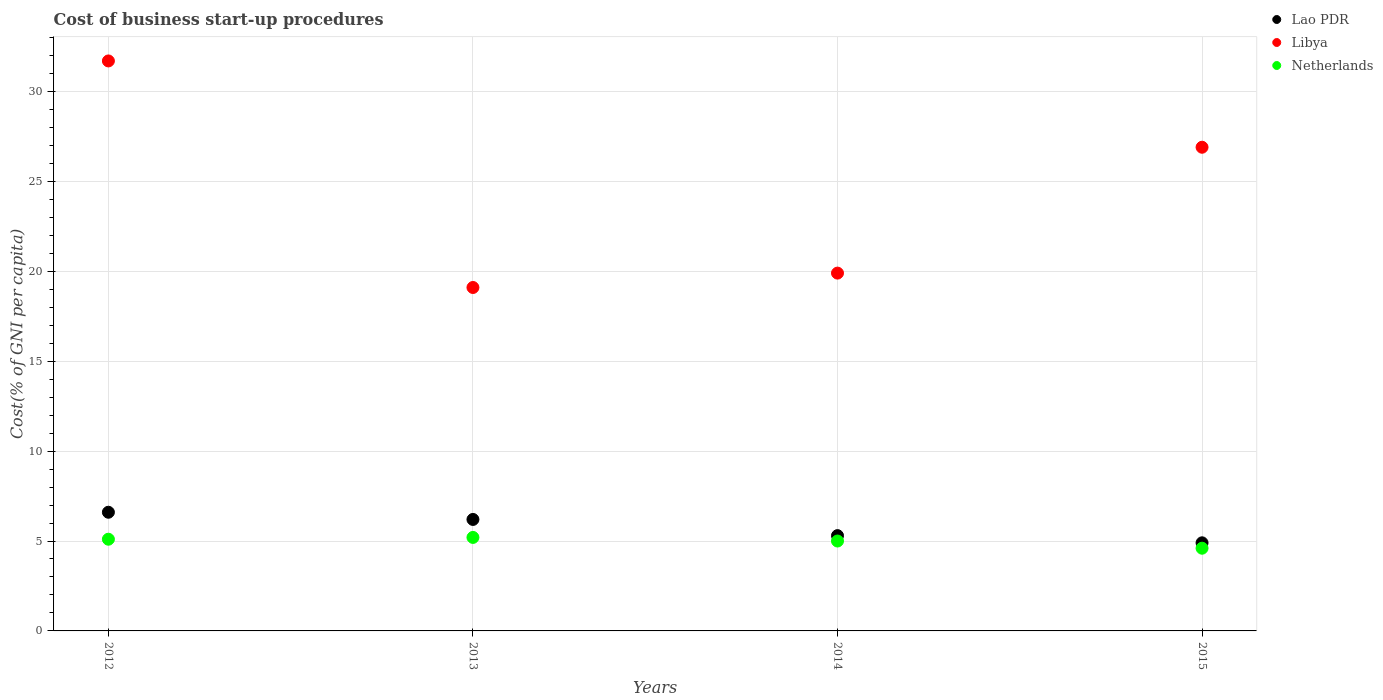
| Years | Lao PDR | Libya | Netherlands |
 | --- | --- | --- | --- |
 | 2012 | 6.6 | 31.7 | 5.1 |
 | 2013 | 6.2 | 19.1 | 5.2 |
 | 2014 | 5.3 | 19.9 | 5 |
 | 2015 | 4.9 | 26.9 | 4.6 |